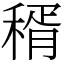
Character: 稰